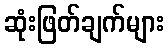
ဆုံးဖြတ်ချက်များ